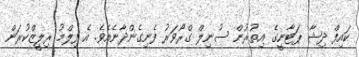
ކައިފް ދިޝާ ޕަޓާނީގެ އިތުރުން ސުނިލް ގްރޯވަރު ފެނިގެންދާނެއެވެ. އެ ފިލްމު ރިލީޒްކުރަން